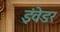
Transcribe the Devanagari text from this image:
इंवेडर